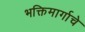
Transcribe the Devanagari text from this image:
भक्तिमार्गाचे